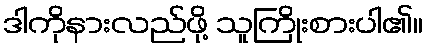
ဒါကိုနားလည်ဖို့ သူကြိုးစားပါ၏။